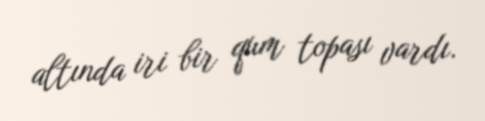
altında iri bir qum topası vardı.